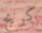
كريج